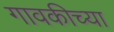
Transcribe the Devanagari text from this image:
गावकीच्या